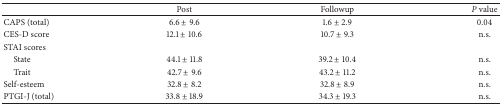
|  | Post | Followup | P value |
 | --- | --- | --- | --- |
 | CAPS (total) | 6.6 ± 9.6 | 1.6 ± 2.9 | 0.04 |
 | CES-D score | 12.1 ± 10.6 | 10.7 ± 9.3 | n.s. |
 | STAI scores |  |  |  |
 | State | 44.1 ± 11.8 | 39.2 ± 10.4 | n.s. |
 | Trait | 42.7 ± 9.6 | 43.2 ± 11.2 | n.s. |
 | Self-esteem | 32.8 ± 8.2 | 32.8 ± 8.9 | n.s. |
 | PTGI-J (total) | 33.8 ± 18.9 | 34.3 ± 19.3 | n.s. |